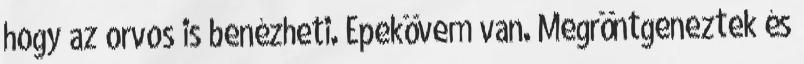
hogy az orvos is benézheti. Epekövem van. Megröntgeneztek és